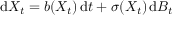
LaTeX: \mathrm { d } X _ { t } = b ( X _ { t } ) \, \mathrm { d } t + \sigma ( X _ { t } ) \, \mathrm { d } B _ { t }